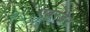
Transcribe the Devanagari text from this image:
एबरडेर